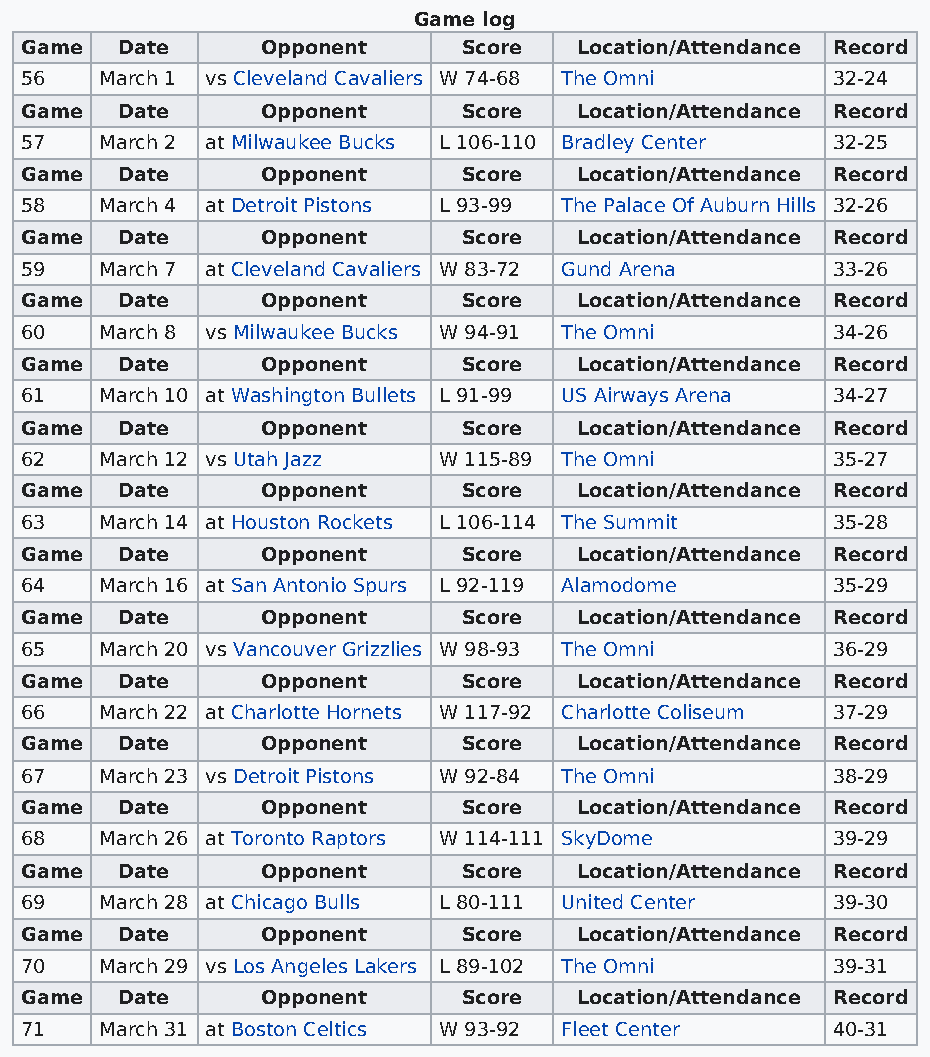
Game log
 Game   Date     Opponent      Score  Location/Attendance Record
 56    March 1 vs Cleveland Cavaliers W 74-68 The Omni 32-24
 Game   Date     Opponent      Score  Location/Attendance Record
 57    March 2 at Milwaukee Bucks L 106-110 Bradley Center 32-25
 Game   Date     Opponent      Score  Location/Attendance Record
 58    March 4 at Detroit Pistons L 93-99 The Palace Of Auburn Hills 32-26
 Game   Date     Opponent      Score  Location/Attendance Record
 59    March 7 at Cleveland Cavaliers W 83-72 Gund Arena 33-26
 Game   Date     Opponent      Score  Location/Attendance Record
 60    March 8 vs Milwaukee Bucks W 94-91 The Omni     34-26
 Game   Date     Opponent      Score  Location/Attendance Record
 61    March 10 at Washington Bullets L 91-99 US Airways Arena 34-27
 Game   Date     Opponent      Score  Location/Attendance Record
 62    March 12 vs Utah Jazz W 115-89 The Omni         35-27
 Game   Date     Opponent      Score  Location/Attendance Record
 63    March 14 at Houston Rockets L 106-114 The Summit 35-28
 Game   Date     Opponent      Score  Location/Attendance Record
 64    March 16 at San Antonio Spurs L 92-119 Alamodome 35-29
 Game   Date     Opponent      Score  Location/Attendance Record
 65    March 20 vs Vancouver Grizzlies W 98-93 The Omni 36-29
 Game   Date     Opponent      Score  Location/Attendance Record
 66    March 22 at Charlotte Hornets W 117-92 Charlotte Coliseum 37-29
 Game   Date     Opponent      Score  Location/Attendance Record
 67    March 23 vs Detroit Pistons W 92-84 The Omni    38-29
 Game   Date     Opponent      Score  Location/Attendance Record
 68    March 26 at Toronto Raptors W 114-111 SkyDome   39-29
 Game   Date     Opponent      Score  Location/Attendance Record
 69    March 28 at Chicago Bulls L 80-111 United Center 39-30
 Game   Date     Opponent      Score  Location/Attendance Record
 70    March 29 vs Los Angeles Lakers L 89-102 The Omni 39-31
 Game   Date     Opponent      Score  Location/Attendance Record
 71    March 31 at Boston Celtics W 93-92 Fleet Center 40-31